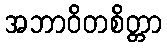
အဘာဝိတစိတ္တာ